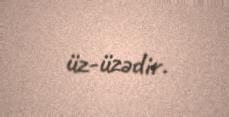
üz-üzədir.